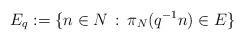
LaTeX: \begin{align*} E _q :=\{ n \in N\, :\, \pi_N (q^{-1}n)\in E \}\end{align*}